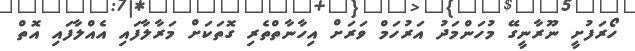
ހޯރަފުށީ ނޫރާނީގޭ މުހަންމަދު އަރުހަމް ވަރަށް އިހާނާތްތެރި ގޮތަކަށް މަރާލާފައި އެއްލާފައި އޮތް